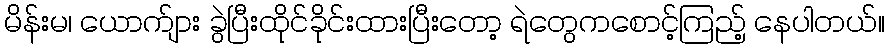
မိန်းမ၊ ယောက်ျား ခွဲပြီးထိုင်ခိုင်းထားပြီးတော့ ရဲတွေကစောင့်ကြည့် နေပါတယ်။